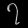
Digit: ၇